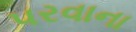
૫રવાના